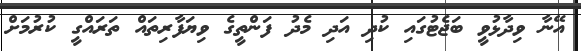
އޭނާ ވިދާޅުވީ ބަޖެޓުގައި ކުދި އަދި މެދު ފަންތީގެ ވިޔަފާރިތައް ތަރައްގީ ކުރުމަށް